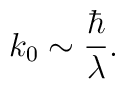
k_0 \sim {\hbar \over \lambda}.